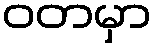
ဝတမှာ